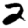
Digit: 2